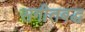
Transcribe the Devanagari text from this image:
सगीतबद्ध